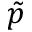
\tilde { p }